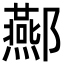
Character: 酀